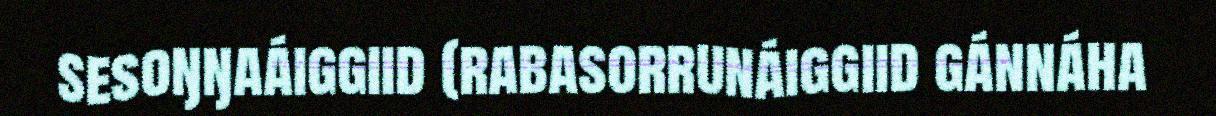
sesoŋŋaáiggiid (rabasorrunáiggiid gánnáha